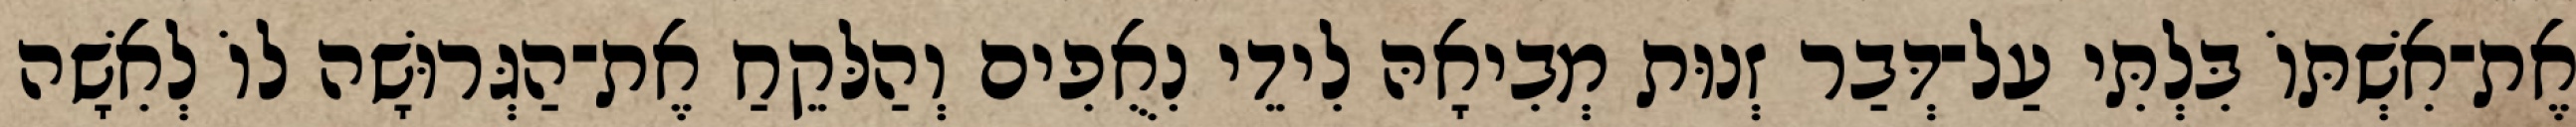
אֶת־אִשְׁתּוֹ בִּלְתִּי עַל־דְּבַר זְנוּת מְבִיאָהּ לִידֵי נִאֻפִים וְהַלּקֵחַ אֶת־הַגְּרוּשָׁה לוֹ לְאִשָׁה